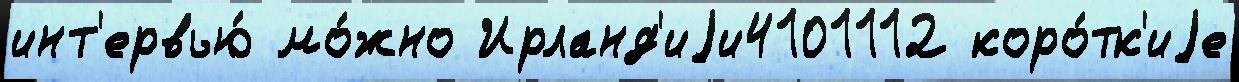
инт'ервью́ мо́жно Ирланд'иjи4101112 коро́тк'иjе